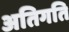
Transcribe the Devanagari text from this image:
अतिगति